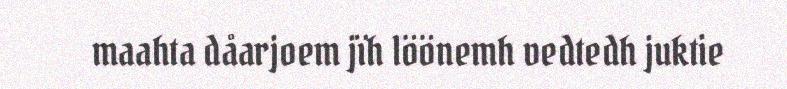
maahta dåarjoem jïh löönemh vedtedh juktie